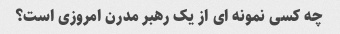
چه کسی نمونه ای از یک رهبر مدرن امروزی است؟